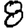
Digit: 8